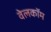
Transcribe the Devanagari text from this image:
वेलकॉम